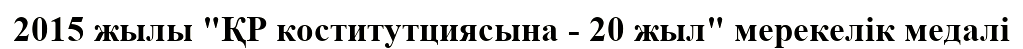
2015 жылы "ҚР коститутциясына - 20 жыл" мерекелік медалі